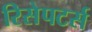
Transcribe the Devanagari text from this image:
रिसेपटर्स